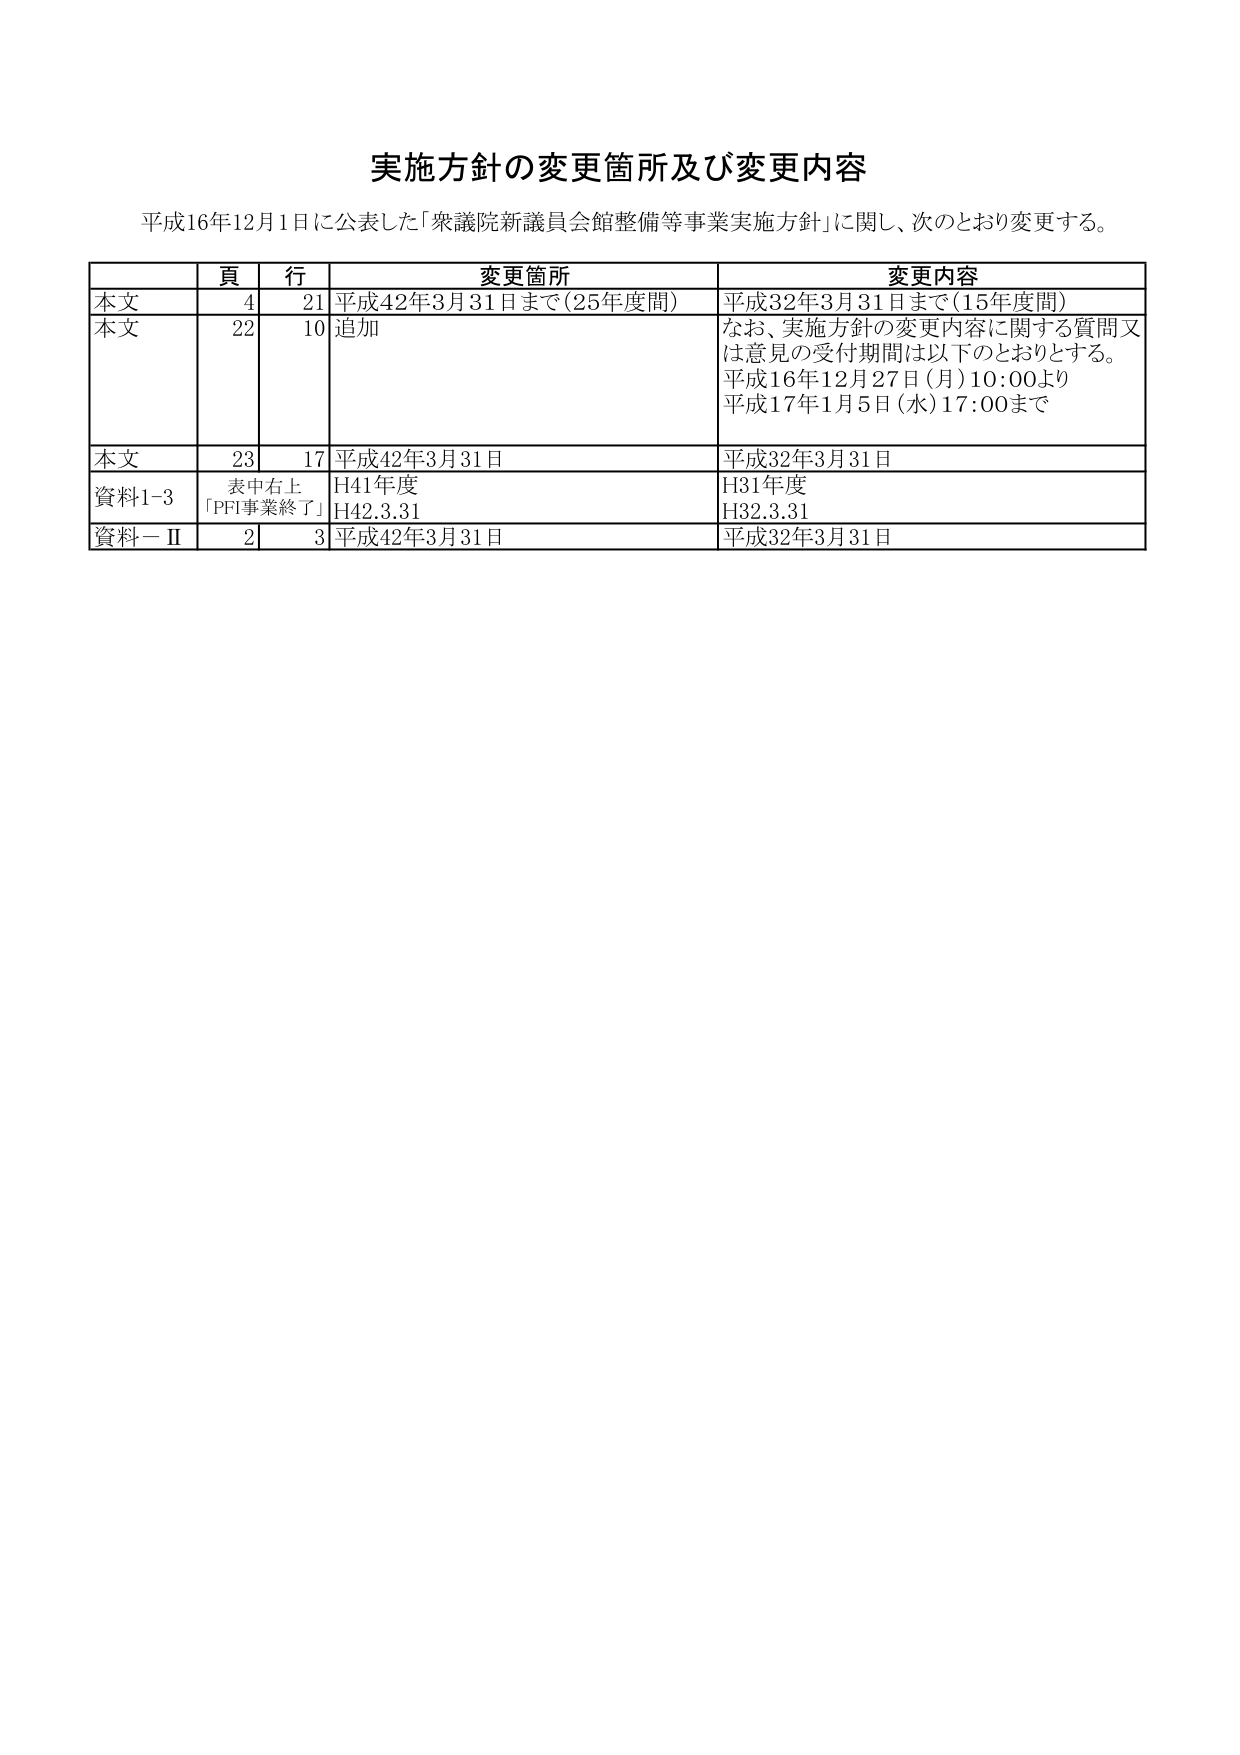
実施方針の変更箇所及び変更内容

平成16年12月1日に公表した「衆議院新議員会館整備等事業実施方針」に関し、次のとおり変更する。

| | 頁 | 行 | 変更箇所 | 変更内容 |
|---|---|---|---|---|
| 本文 | 4 | 21 | 平成42年3月31日まで（25年度間） | 平成32年3月31日まで（15年度間） |
| 本文 | 22 | 10 | 追加 | なお、実施方針の変更内容に関する質問又は意見の受付期間は以下のとおりとする。<br>平成16年12月27日（月）10:00より<br>平成17年1月5日（水）17:00まで |
| 本文 | 23 | 17 | 平成42年3月31日 | 平成32年3月31日 |
| 資料1-3 | 表中右上<br>「PFI事業終了」 | | H41年度<br>H42.3.31 | H31年度<br>H32.3.31 |
| 資料一Ⅱ | 2 | 3 | 平成42年3月31日 | 平成32年3月31日 |